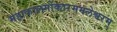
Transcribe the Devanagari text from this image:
महाकालमोंकारममलेश्वरम्